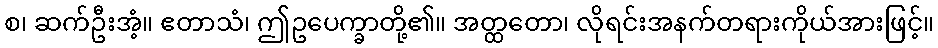
စ၊ ဆက်ဦးအံ့။ ဧတာသံ၊ ဤဥပေက္ခာတို့၏။ အတ္ထတော၊ လိုရင်းအနက်တရားကိုယ်အားဖြင့်။